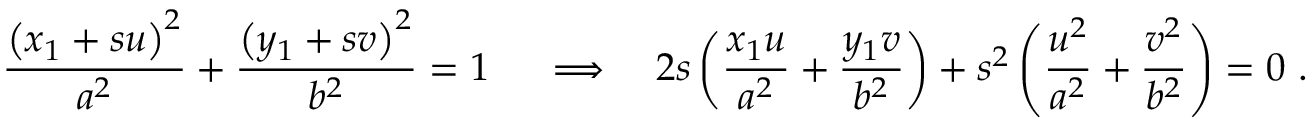
{ \frac { \left( x _ { 1 } + s u \right) ^ { 2 } } { a ^ { 2 } } } + { \frac { \left( y _ { 1 } + s v \right) ^ { 2 } } { b ^ { 2 } } } = 1 \ \quad \Longrightarrow \quad 2 s \left( { \frac { x _ { 1 } u } { a ^ { 2 } } } + { \frac { y _ { 1 } v } { b ^ { 2 } } } \right) + s ^ { 2 } \left( { \frac { u ^ { 2 } } { a ^ { 2 } } } + { \frac { v ^ { 2 } } { b ^ { 2 } } } \right) = 0 \ .